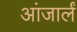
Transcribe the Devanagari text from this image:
आंजार्लं